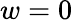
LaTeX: w=0